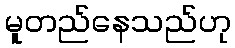
မူတည်နေသည်ဟု